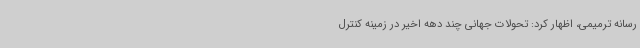
رسانه ترمیمی، اظهار کرد: تحولات جهانی چند دهه اخیر در زمینه کنترل